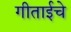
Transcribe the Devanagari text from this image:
गीताईचे